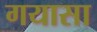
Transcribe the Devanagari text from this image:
गयासा